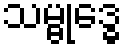
သမ္ဗုဒ္ဓေ